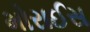
મોરાઈસ